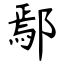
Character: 鄢